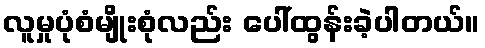
လူမှုပုံစံမျိုးစုံလည်း ပေါ်ထွန်းခဲ့ပါတယ်။